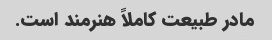
مادر طبیعت کاملاً هنرمند است.